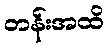
တန်းအထိ